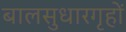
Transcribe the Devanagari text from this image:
बालसुधारगृहों